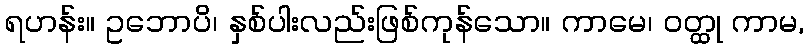
ရဟန်း။ ဥဘောပိ၊ နှစ်ပါးလည်းဖြစ်ကုန်သော။ ကာမေ၊ ဝတ္ထု ကာမ,